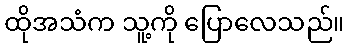
ထိုအသံက သူ့ကို ပြောလေသည်။